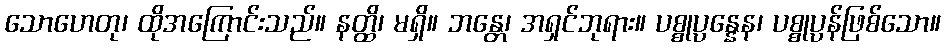
သောဟေတု၊ ထိုအကြောင်းသည်။ နတ္ထိ၊ မရှိ။ ဘန္တေ၊ အရှင်ဘုရား။ ပစ္စုပ္ပန္နေန၊ ပစ္စုပ္ပန်ဖြစ်သော။